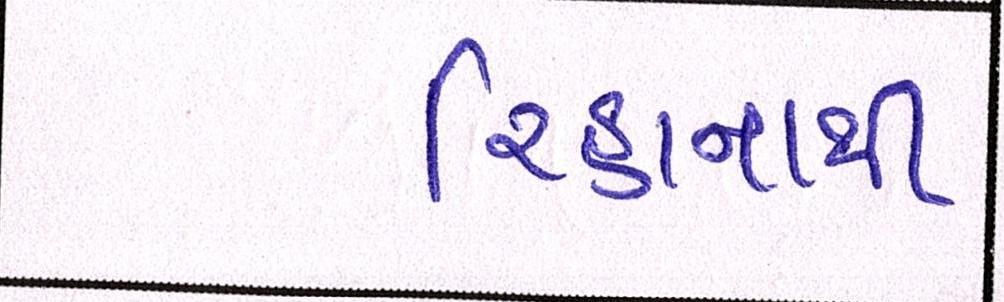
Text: રિહાનાથી